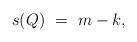
LaTeX: \begin{align*}s(Q)\ =\ m-k,\end{align*}